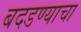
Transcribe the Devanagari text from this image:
बदडण्याचा